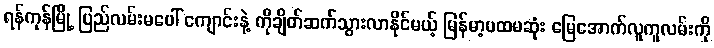
ရန်ကုန်မြို့ ပြည်လမ်းမပေါ် ကျောင်းနဲ့ ကိုချိတ်ဆက်သွားလာနိုင်မယ့် မြန်မာ့ပထမဆုံး မြေအောက်လူကူလမ်းကို